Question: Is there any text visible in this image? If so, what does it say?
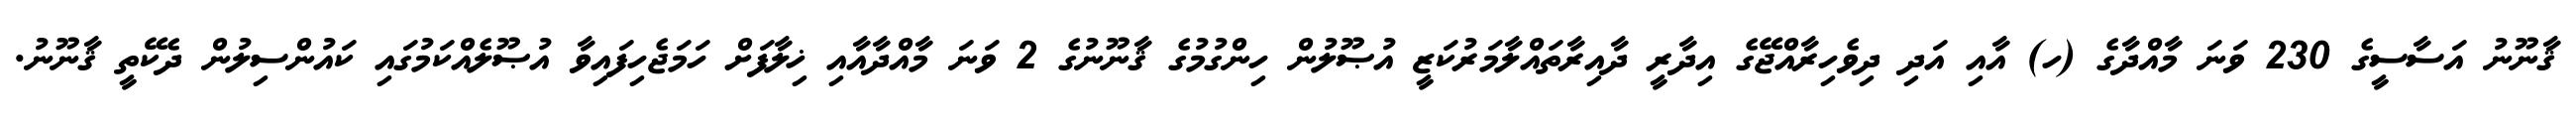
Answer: ޤާނޫނު އަސާސީގެ 230 ވަނަ މާއްދާގެ (ހ) އާއި އަދި ދިވެހިރާއްޖޭގެ އިދާރީ ދާއިރާތައްލާމަރުކަޒީ އުޞޫލުން ހިންގުމުގެ ޤާނޫނުގެ 2 ވަނަ މާއްދާއާއި ޚިލާފަށް ހަމަޖެހިފައިވާ އުޞޫލެއްކަމުގައި ކައުންސިލުން ދެކޭތީ ޤާނޫނު.